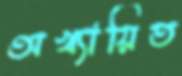
অখ্যায়িত